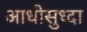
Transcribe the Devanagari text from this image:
आधीसुध्दा